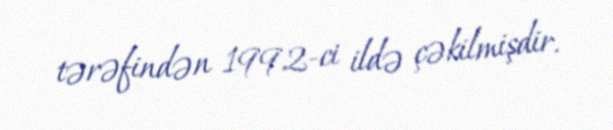
tərəfindən 1992-ci ildə çəkilmişdir.